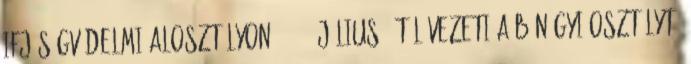
ifjúságvédelmi alosztályon. 2000. július 1-től vezeti a bűnügyi osztályt,